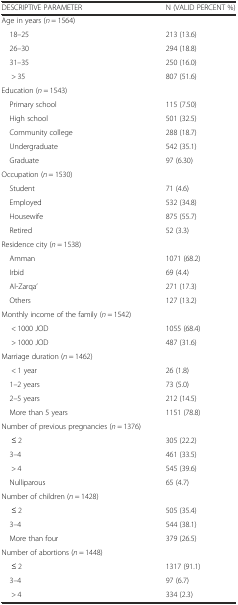
<table><thead><tr><td><b>DESCRIPTIVE PARAMETER</b></td><td><b>N (VALID PERCENT %)</b></td></tr></thead><tbody><tr><td>Age in years (<i>n</i> = 1564)</td><td></td></tr><tr><td> 18–25</td><td>213 (13.6)</td></tr><tr><td> 26–30</td><td>294 (18.8)</td></tr><tr><td> 31–35</td><td>250 (16.0)</td></tr><tr><td>&gt; 35</td><td>807 (51.6)</td></tr><tr><td>Education (<i>n</i> = 1543)</td><td></td></tr><tr><td> Primary school</td><td>115 (7.50)</td></tr><tr><td> High school</td><td>501 (32.5)</td></tr><tr><td> Community college</td><td>288 (18.7)</td></tr><tr><td> Undergraduate</td><td>542 (35.1)</td></tr><tr><td> Graduate</td><td>97 (6.30)</td></tr><tr><td>Occupation (<i>n</i> = 1530)</td><td></td></tr><tr><td> Student</td><td>71 (4.6)</td></tr><tr><td> Employed</td><td>532 (34.8)</td></tr><tr><td> Housewife</td><td>875 (55.7)</td></tr><tr><td> Retired</td><td>52 (3.3)</td></tr><tr><td>Residence city (<i>n</i> = 1538)</td><td></td></tr><tr><td> Amman</td><td>1071 (68.2)</td></tr><tr><td> Irbid</td><td>69 (4.4)</td></tr><tr><td> Al-Zarqa’</td><td>271 (17.3)</td></tr><tr><td> Others</td><td>127 (13.2)</td></tr><tr><td>Monthly income of the family (<i>n</i> = 1542)</td><td></td></tr><tr><td>&lt; 1000 JOD</td><td>1055 (68.4)</td></tr><tr><td>&gt; 1000 JOD</td><td>487 (31.6)</td></tr><tr><td>Marriage duration (<i>n</i> = 1462)</td><td></td></tr><tr><td>&lt; 1 year</td><td>26 (1.8)</td></tr><tr><td> 1–2 years</td><td>73 (5.0)</td></tr><tr><td> 2–5 years</td><td>212 (14.5)</td></tr><tr><td> More than 5 years</td><td>1151 (78.8)</td></tr><tr><td>Number of previous pregnancies (<i>n</i> = 1376)</td><td></td></tr><tr><td>≤ 2</td><td>305 (22.2)</td></tr><tr><td> 3–4</td><td>461 (33.5)</td></tr><tr><td>&gt; 4</td><td>545 (39.6)</td></tr><tr><td> Nulliparous</td><td>65 (4.7)</td></tr><tr><td>Number of children (<i>n</i> = 1428)</td><td></td></tr><tr><td>≤ 2</td><td>505 (35.4)</td></tr><tr><td> 3–4</td><td>544 (38.1)</td></tr><tr><td> More than four</td><td>379 (26.5)</td></tr><tr><td>Number of abortions (<i>n</i> = 1448)</td><td></td></tr><tr><td>≤ 2</td><td>1317 (91.1)</td></tr><tr><td> 3–4</td><td>97 (6.7)</td></tr><tr><td>&gt; 4</td><td>334 (2.3)</td></tr></tbody></table>